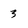
Character: 3